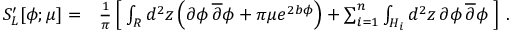
\begin{array} { r l } { S _ { L } ^ { \prime } [ \phi ; \mu ] = } & { { \frac { 1 } { \pi } } \left[ \; \int _ { R } d ^ { 2 } z \left( \partial \phi \, \overline { { \partial } } \phi + \pi \mu e ^ { 2 b \phi } \right) + \sum _ { i = 1 } ^ { n } \int _ { H _ { i } } d ^ { 2 } z \, \partial \phi \, \overline { { \partial } } \phi \; \right] \, . } \end{array}